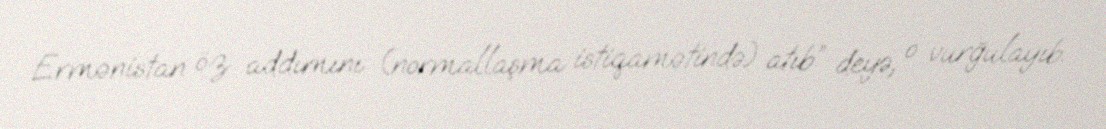
Ermənistan öz addımını (normallaşma istiqamətində) atıb” deyə, o vurğulayıb.